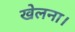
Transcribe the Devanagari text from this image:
खेलना।